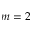
m = 2